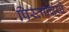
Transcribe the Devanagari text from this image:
पिस्ताचियो